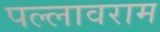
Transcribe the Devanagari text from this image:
पल्लावराम